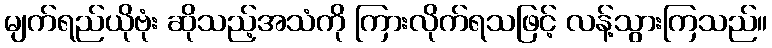
မျက်ရည်ယိုဗုံး ဆိုသည့်အသံကို ကြားလိုက်ရသဖြင့် လန့်သွားကြသည်။